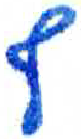
אות: ף